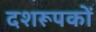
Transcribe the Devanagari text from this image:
दशरूपकों